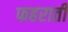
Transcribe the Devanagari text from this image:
फहराती